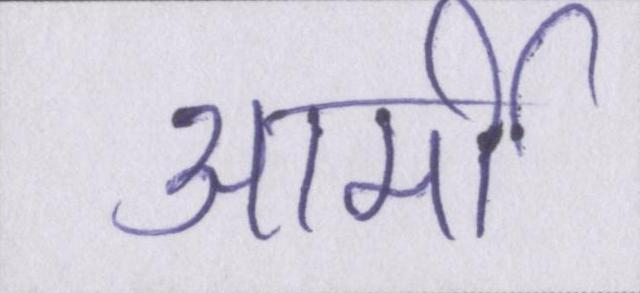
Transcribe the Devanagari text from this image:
आर्मी